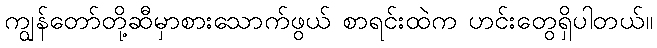
ကျွန်တော်တို့ဆီမှာစားသောက်ဖွယ် စာရင်းထဲက ဟင်းတွေရှိပါတယ်။